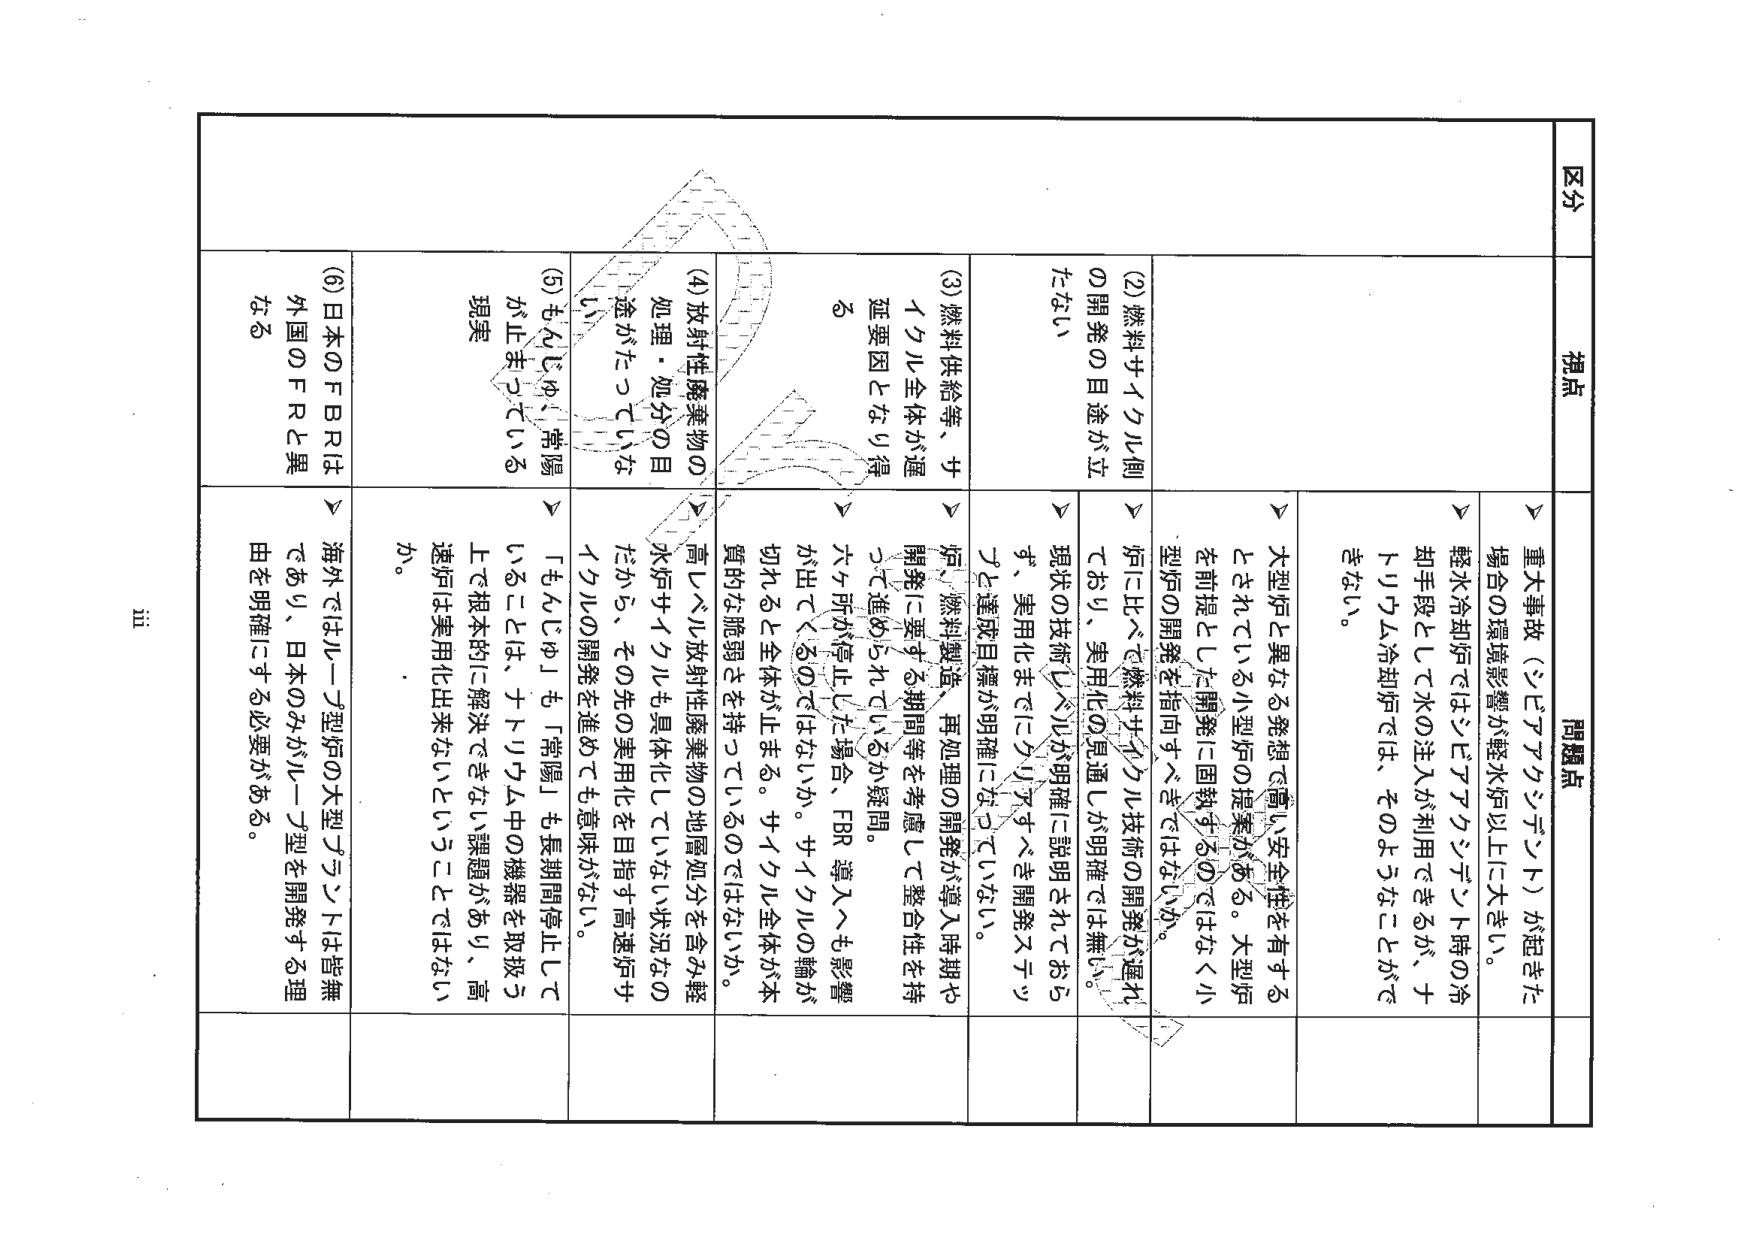
区分
視点
問題点

(1) 重大事故（シビアアクシデント）が起きた場合の環境影響が軽水炉以上に大きい。
→ 軽水冷却炉ではシビアアクシデント時の冷却手段として水の注入が利用できるが、ナトリウム冷却炉では、そのようなことが不可能。
→ 大型炉と異なる発想で高い安全性を有するとされている小型炉の提案がある。大型炉を前提とした開発に回収するのではなく小型炉の開発を指向すべきではないか。

(2) 燃料サイクル側の開発の目途が立たない
→ 現状の技術レベルが明確に説明されておらず、実用化までにクリアすべき開発ステップと達成目標が明確になっていない。
→ 燃料供給等、サイクル全体が遅延要因となり得る
→ 原、燃料製造、再処理の開発が導入時期や開発に要する期間等を考慮して整合性を持って進められているか疑問。
→ 六ヶ所が停止した場合、FBR導入へも影響が出てくるのではないか。サイクルの輪が切れると全体が止まる。サイクル全体が本質的な脆弱さを持っているのではないか。

(3) 放射性廃棄物の処理・処分の目途がたっていない
→ 高レベル放射性廃棄物の地層処分を含み軽水炉サイクルも具体化していない状況なのだから、その先の実用化を目指す高速炉サイクルの開発を進めても意味がない。

(4) もんじゅ、常陽が止まっている現実
→ 「もんじゅ」も「常陽」も長期間停止していることは、ナトリウム中の機器を取扱う上で根本的に解決できない課題があり、高速炉は実用化出来ないということではないか。

(5) 日本のFBRは外国のFRと異なる
→ 海外ではループ型炉の大型プラントは皆無であり、日本のみがループ型を開発する理由を明確にする必要がある。

iii